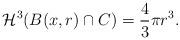
LaTeX: \begin{align*}\mathcal{H}^{3} (B(x,r)\cap C)=\frac{4}{3}\pi r^{3}.\end{align*}